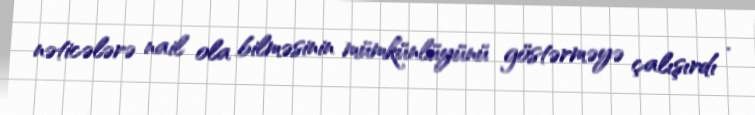
nəticələrə nail ola bilməsinin mümkünlüyünü göstərməyə çalışırdı .